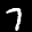
Label: 7